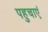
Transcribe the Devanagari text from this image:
पहुचाएं